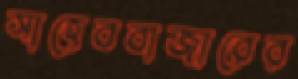
সাহেববাজারের